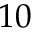
1 0